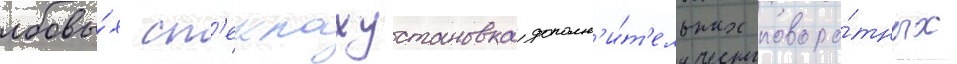
лобовы́х ст'еклахустановка дополн'и́т'ельных поворо́тных